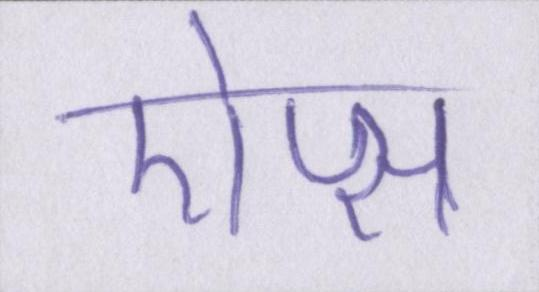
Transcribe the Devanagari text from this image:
ऐप्स